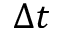
\Delta t